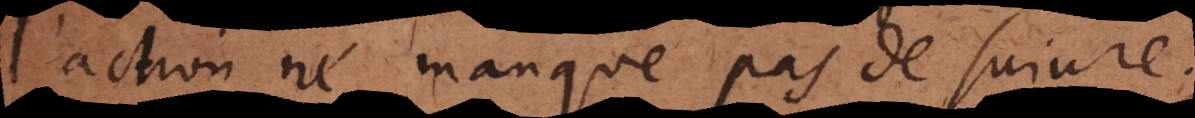
l’action ne manque pas de suivre.